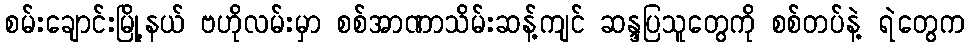
စမ်းချောင်းမြို့နယ် ဗဟိုလမ်းမှာ စစ်အာဏာသိမ်းဆန့်ကျင် ဆန္ဒပြသူတွေကို စစ်တပ်နဲ့ ရဲတွေက